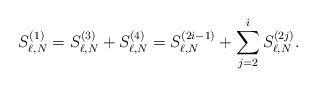
LaTeX: \begin{align*}S^{(1)}_{\ell,N}= S^{(3)}_{\ell,N}+S^{(4)}_{\ell,N}=S^{(2i-1)}_{\ell,N}+\sum_{j=2}^iS^{(2j)}_{\ell,N}.\end{align*}